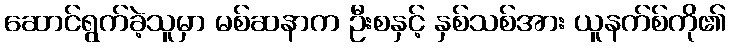
ဆောင်ရွက်ခဲ့သူမှာ မစ်ဆနာက ဦးစနှင့် နှစ်သစ်အား ယူနက်စ်ကို၏